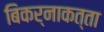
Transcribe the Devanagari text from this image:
बिकर्नाकत्ता